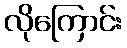
လိုကြောင်း